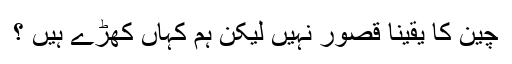
چین کا یقینا قصور نہیں لیکن ہم کہاں کھڑے ہیں ؟